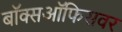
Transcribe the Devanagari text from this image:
बॉक्सऑफिसवर